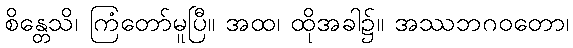
စိန္တေသိ၊ ကြံတော်မူပြီ။ အထ၊ ထိုအခါ၌။ အဿဘဂဝတော၊